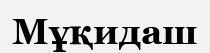
Мұқидаш